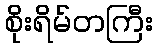
စိုးရိမ်တကြီး